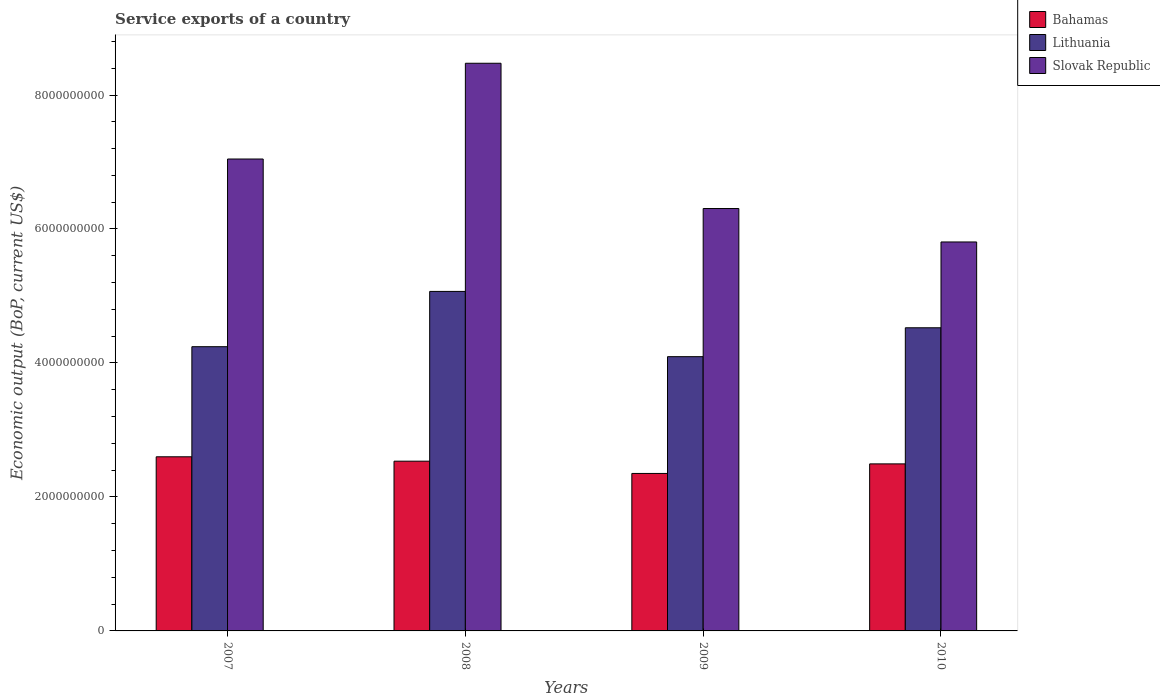
| Years | Bahamas | Lithuania | Slovak Republic |
 | --- | --- | --- | --- |
 | 2007 | 2.6e+09 | 4.24e+09 | 7.04e+09 |
 | 2008 | 2.53e+09 | 5.07e+09 | 8.47e+09 |
 | 2009 | 2.35e+09 | 4.09e+09 | 6.31e+09 |
 | 2010 | 2.49e+09 | 4.53e+09 | 5.81e+09 |